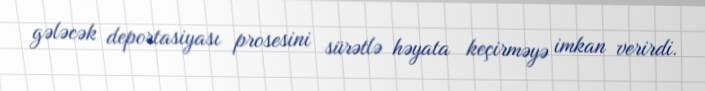
gələcək deportasiyası prosesini sürətlə həyata keçirməyə imkan verirdi.